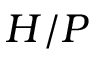
H / P